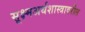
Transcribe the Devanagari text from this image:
सूक्ष्मअर्थशास्त्रावरील